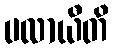
ပလာယီတိ